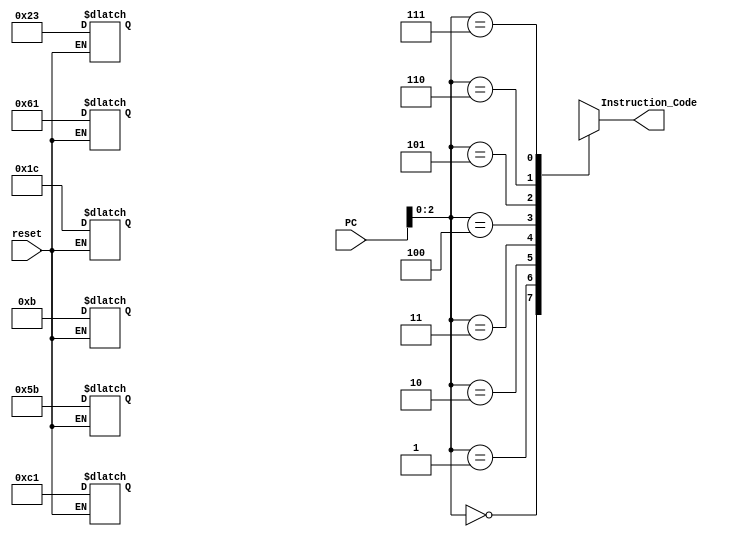
`timescale 1ns / 1ps

module Instr_mem(
    input [7:0] PC,
    input reset,
    output [7:0] Instruction_Code
    );
reg [7:0] Mem [7:0];
assign Instruction_Code = Mem[PC];

always @(reset)
begin
if(reset==0)
begin
Mem[0]=8'b00100011;
Mem[1]=8'b01100001;
Mem[2]=8'b00011100;
Mem[3]=8'b11000001;
Mem[4]=8'b01011011;
Mem[5]=8'b00001011;
end
end
endmodule